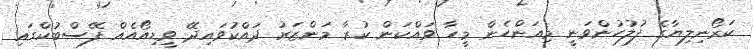
ކަރޯނިލިޔާގެ ފުލުހުންވަނީ މިއަންހެން މީހާ ވައްކަން ކުރާ މަންޒަރު ދައްކުވައިދޭ ވީޑިއޯއެއް ފޭސްބުކްގައި